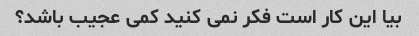
بیا این کار است فکر نمی کنید کمی عجیب باشد؟